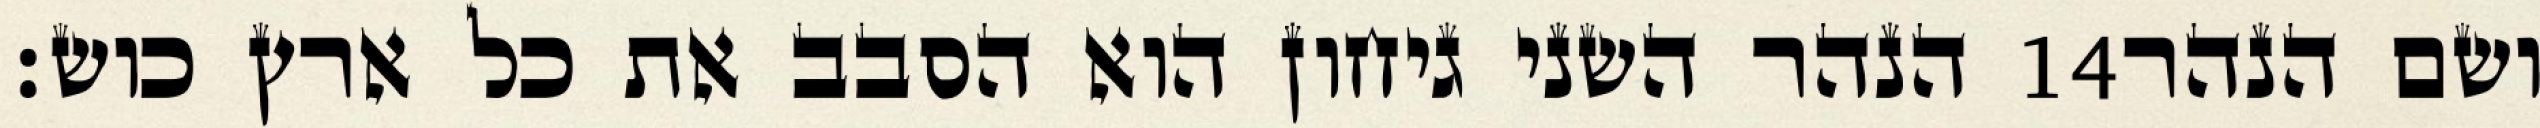
הנהר השני גיחון הוא הסבב את כל ארץ כוש׃ ‎14‏ ושם הנהר